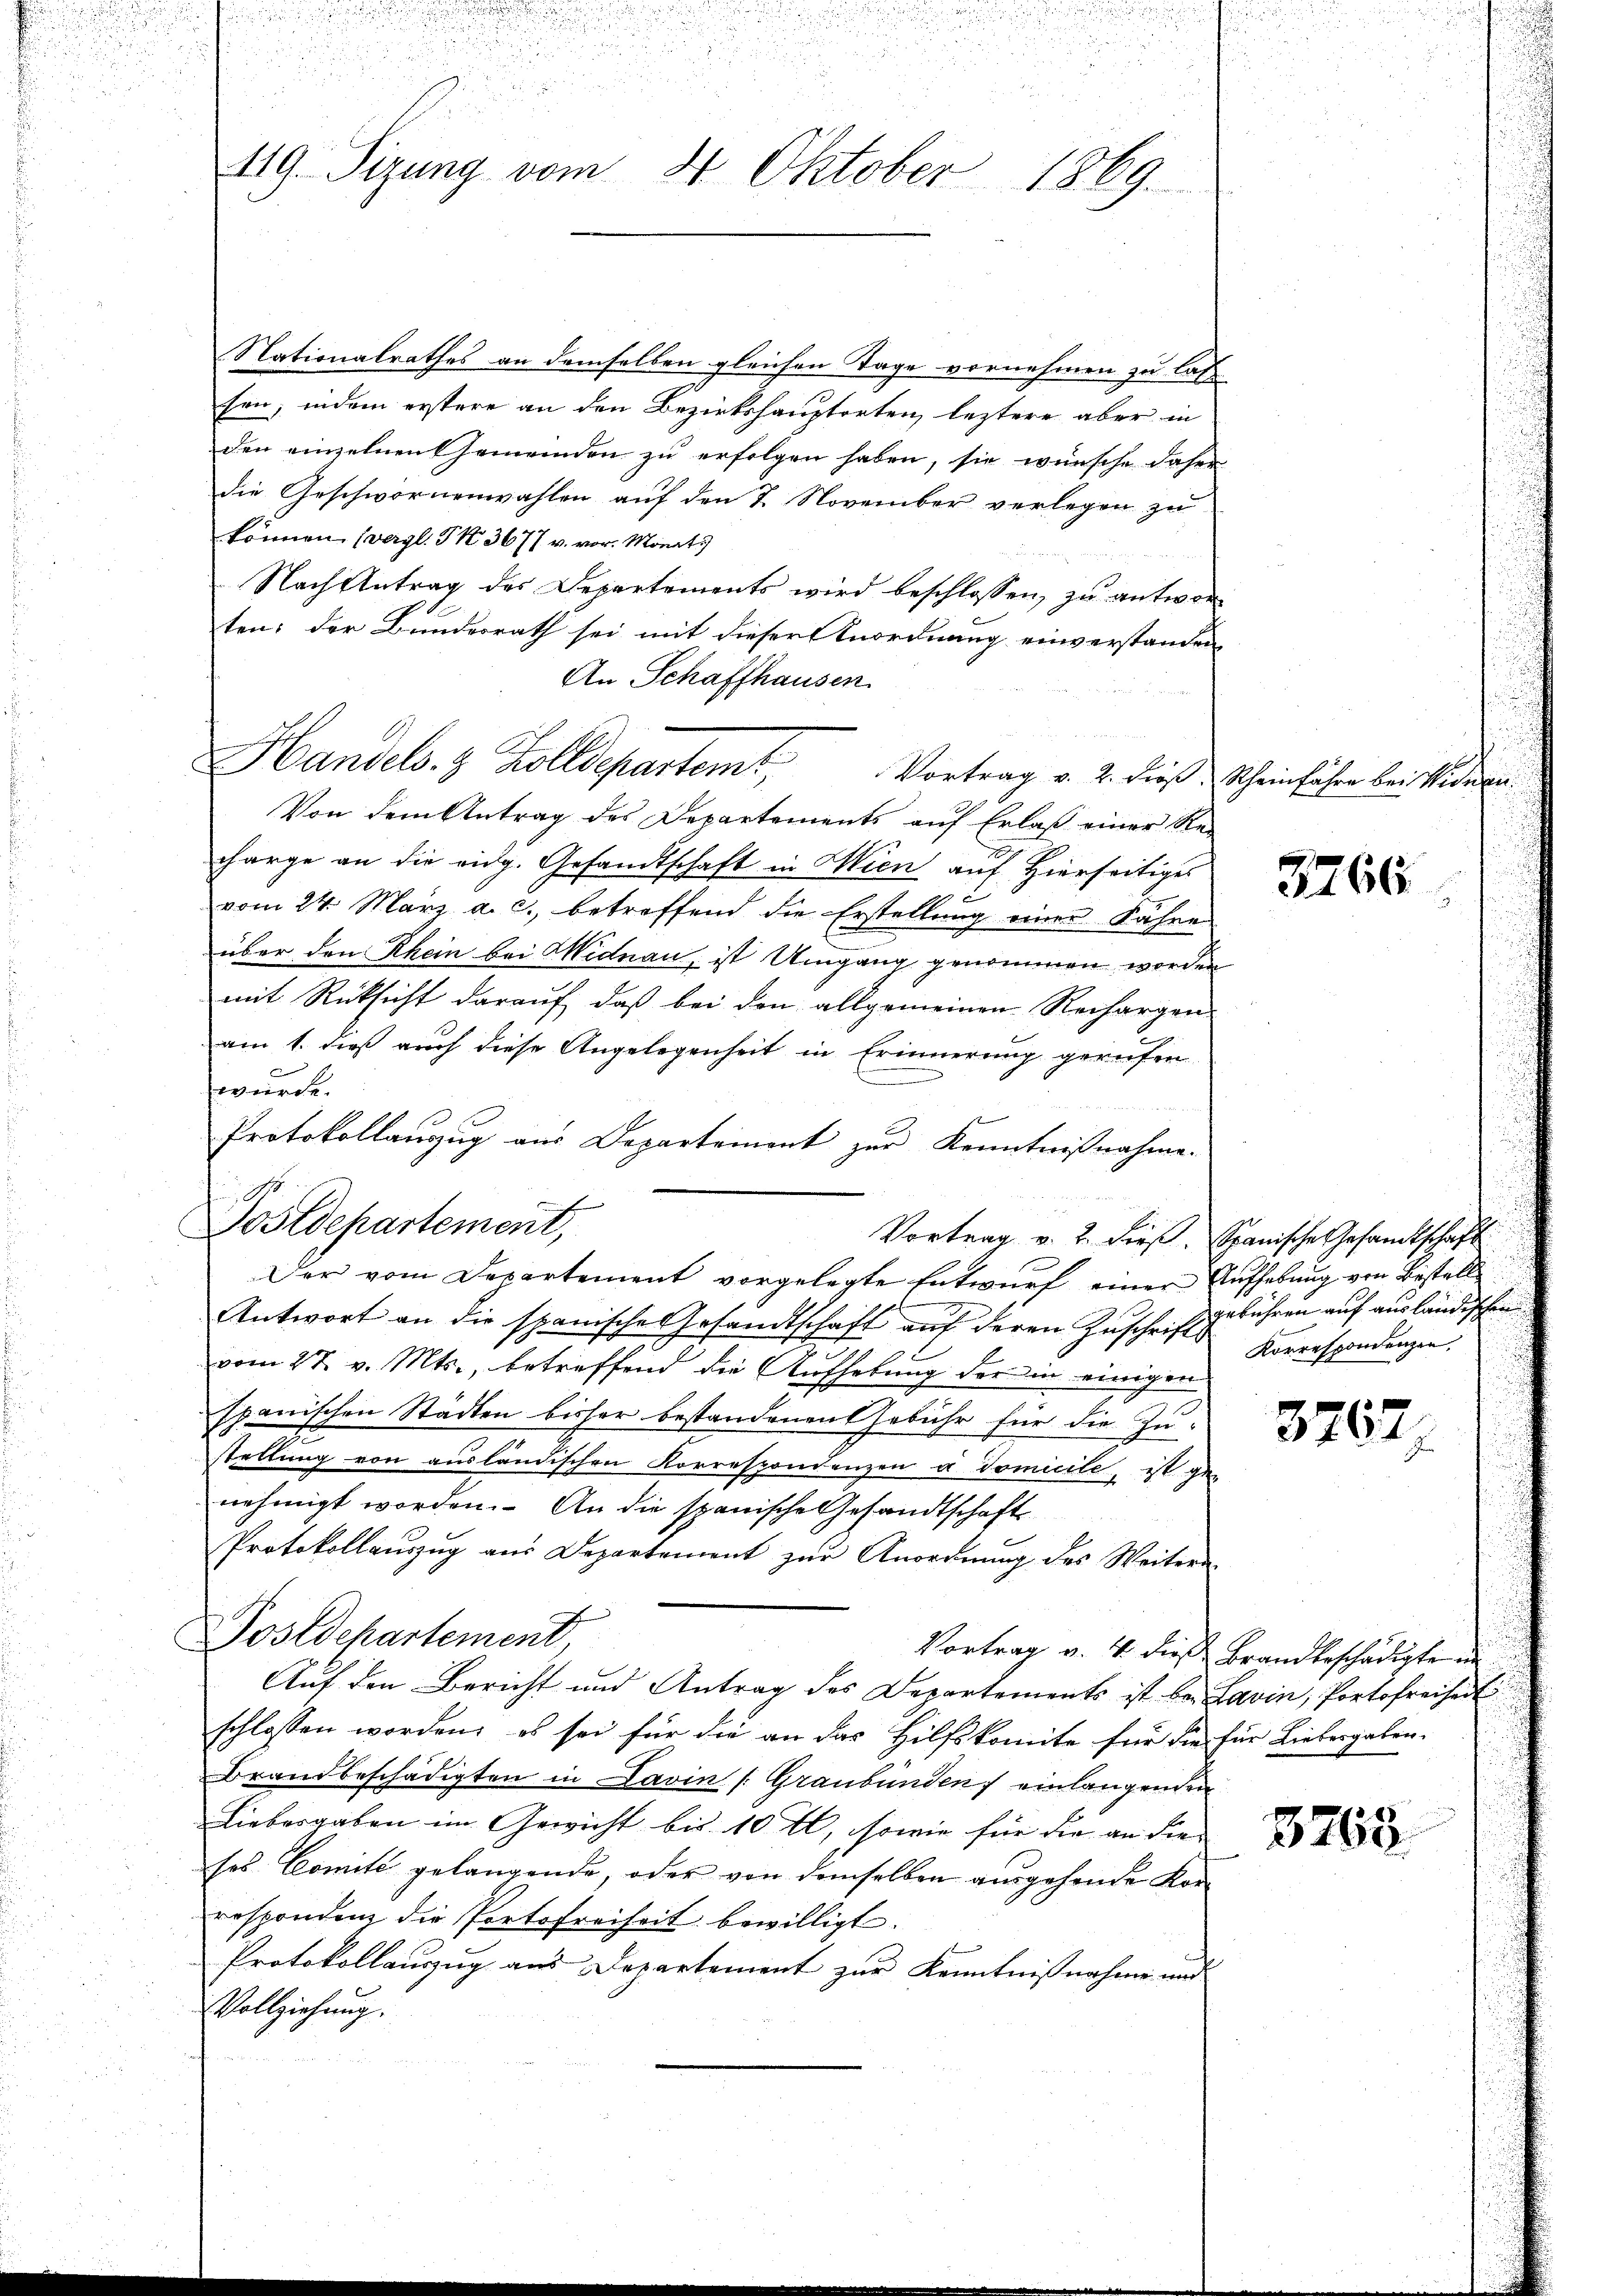
119. Sizung vom 4. Oktober 1869.

Nationalrathes an demselben gleichen Tage vornehmen zu lass
sen; indem erstere an den Bezirkshauptorten, leztere aber in
den einzelnen Gemeinden zu erfolgen haben, sie wünsche daher
die Geschwornenwahlen auf den 7. November verlegen zu
können, (vergl. S. 3677 v. vor. Monats
Nach Antrag des Departements wird beschlossen, zu antworten: der Bundesrath sei mit dieser Anordnung einverstanden,
An Schaffhausen.
Von dem Antrag des Departements auf Erlaß einer Recharge an die eidg. Gesandtschaft in Wien auf Hierseitiges
vom 24. März a. c., betreffend die Erstellung einer Fähre
über den Rhein bei Widnau, ist Umgang genommen worden
mit Rücksicht darauf, daß bei den allgemeinen Rechargen
am 1. dieß auch diese Angelegenheit in Erinnerung gerufen
wurde.
252
Protokollauszug aus Departement zur Kenntnißnahme.
Postdepartement,
Vortrag v. 2. dieß. Spanische Gesandtschaft
Der vom Departement vorgelegte Entwurf einer Aufhebung von Bestell
Antwort an die spanische Gesandtschaft auf deren Zuschrift gebühren auf ausländischen
vom 27. v. Mts., betreffend die Aufhebung der in einigen
spanischen Städten bisher bestandenen Gebühr für die Zu-
stellung von ausländischen Korrespondenzen u. Vomicile, ist ge-
nehmigt worden. An die spanische Gesandtschaft
Protokollauszug aus Departement zur Anordnung des Weitern-
Postdepartement
Vortrag v. 4. dieß Brandbeschädigte in
Auf den Bericht und Antrag des Departements ist bei Lavin, Portofreiheit
schlossen worden, es sei für die an das Hilfskomite für die für Liebergaben-
Brandbeschädigten in Lavin /: Graubünden einlangenden
Liebergaben im Gewicht bis 10 t, sowie für die an die
ses Comite gelangende, oder von demselben ausgehende Kor-
respondenz die Portofreiheit bewilligt.
Protokollauszug aus Departement zur Kenntnißnahme und
Vollziehung.

Handels- & Zolldepartem Vortrag v. 2. dieß, Scheinfahre bei Widern

3266

Korrespondenzen.

3767.

8763.